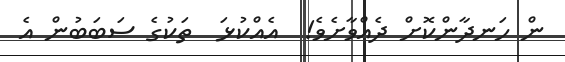
ން ހަނދާންކޮށް ދެއްވާށެވެ!  އެއްކުޅަ  ތަކުގެ ސަބަބުން އެ